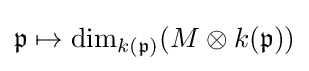
{\mathfrak {p}}\mapsto \operatorname {dim} _{k({\mathfrak {p}})}(M\otimes k({\mathfrak {p}}))